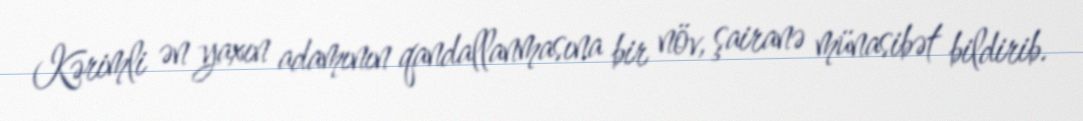
Kərimli ən yaxın adamının qandallanmasına bir növ, şairanə münasibət bildirib.